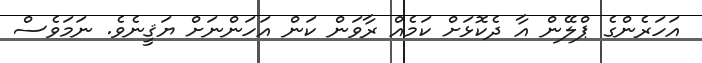
އަހަރެންގެ ޕްލޭން އާ ދެކޮޅަށް ކަމެއް ރާވަން ކަން އަހަންނަށް ޔަޤީނެވެ. ނަމަވެސް